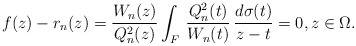
\begin{align*} f(z) - r_n(z) = \frac {W_n(z)}{Q^2_n(z)}\int_F \, \frac {Q^2_n(t)}{W_n(t)}\,\frac {d\sigma(t)}{z-t}= 0, z\in\Omega.\end{align*}